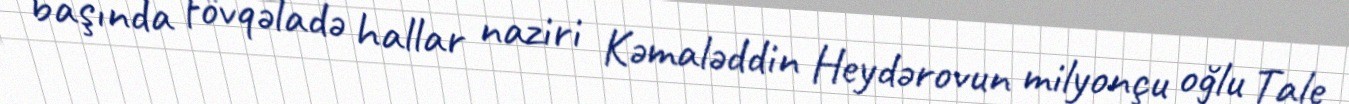
başında fövqəladə hallar naziri Kəmaləddin Heydərovun milyonçu oğlu Tale